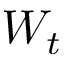
W _ { t }